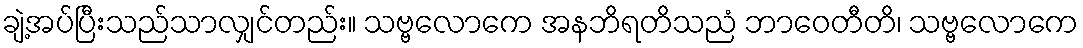
ချဲ့အပ်ပြီးသည်သာလျှင်တည်း။ သဗ္ဗလောကေ အနဘိရတိသညံ ဘာဝေတီတိ၊ သဗ္ဗလောကေ